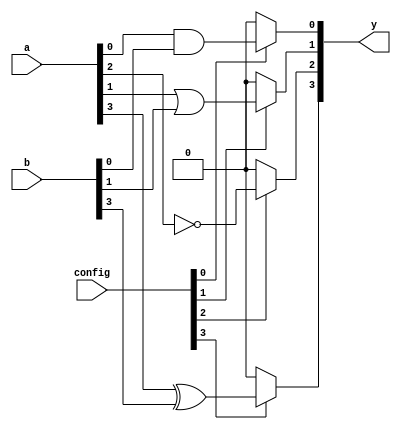
module combinational_logic_block (
    input wire [3:0] a,       // 4-bit input
    input wire [3:0] b,       // 4-bit input
    input wire [3:0] config,   // Configuration input for anti-fuse programming
    output wire [3:0] y       // 4-bit output
);

    wire and_out;             // AND gate output
    wire or_out;              // OR gate output
    wire not_out;             // NOT gate output
    wire xor_out;             // XOR gate output

    // Logic Gates
    assign and_out = a[0] & b[0]; // AND gate
    assign or_out  = a[1] | b[1];  // OR gate
    assign not_out = ~a[2];         // NOT gate
    assign xor_out = a[3] ^ b[3]; // XOR gate

    // Output logic based on configuration
    assign y[0] = (config[0]) ? and_out : 1'b0;  // Output from AND gate if config[0] is set
    assign y[1] = (config[1]) ? or_out : 1'b0;   // Output from OR gate if config[1] is set
    assign y[2] = (config[2]) ? not_out : 1'b0;  // Output from NOT gate if config[2] is set
    assign y[3] = (config[3]) ? xor_out : 1'b0;  // Output from XOR gate if config[3] is set

endmodule